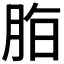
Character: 𱼈